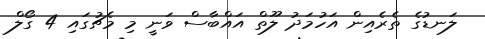
ލަނޑުގެ ތެރެއިން އަހުމަދު ލޫތް އައްބާސް ވަނީ މި މެޗުގައި 4 ގޯލް